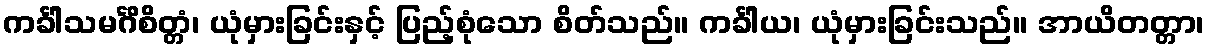
ကင်္ခါသမင်္ဂိစိတ္တံ၊ ယုံမှားခြင်းနှင့် ပြည့်စုံသော စိတ်သည်။ ကင်္ခါယ၊ ယုံမှားခြင်းသည်။ အာယိတတ္တာ၊